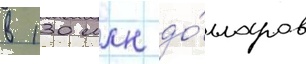
в 130 млн до́лларов